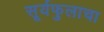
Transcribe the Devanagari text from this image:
सूर्यफुलाचा